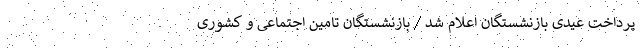
پرداخت عیدی بازنشستگان اعلام شد / بازنشستگان تامین اجتماعی و کشوری